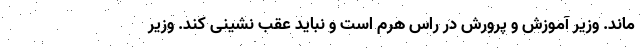
ماند. وزیر آموزش و پرورش در راس هرم است و نباید عقب نشینی کند. وزیر